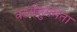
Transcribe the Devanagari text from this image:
कार्यसुगमता